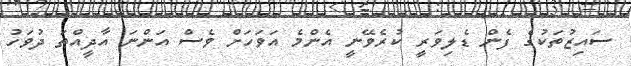
ސައިޒުތަކުގެ ފެން ޑެލިވަރީ ކުރެވޭނީ އެންމެ އަވަހަށް ވެސް އަންނަ އާދީއްތަ ދުވަހު